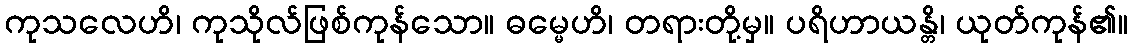
ကုသလေဟိ၊ ကုသိုလ်ဖြစ်ကုန်သော။ ဓမ္မေဟိ၊ တရားတို့မှ။ ပရိဟာယန္တိ၊ ယုတ်ကုန်၏။